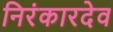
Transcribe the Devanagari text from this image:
निरंकारदेव